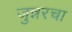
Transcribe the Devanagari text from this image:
जुन्नरचा